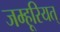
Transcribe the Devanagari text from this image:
जम्हूरियत्